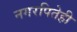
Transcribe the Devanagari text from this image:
नगरपितेही